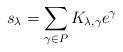
LaTeX: \begin{align*}s_{\lambda}=\sum_{\gamma\in P}K_{\lambda,\gamma}e^{\gamma}\end{align*}